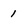
Character: 1